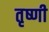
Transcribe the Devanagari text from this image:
तृष्णी